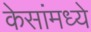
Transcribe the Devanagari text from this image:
केसांमध्ये